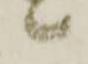
候